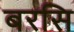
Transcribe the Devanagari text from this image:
बरसि